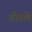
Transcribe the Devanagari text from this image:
डोरले